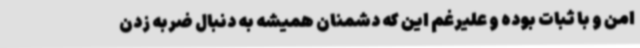
امن و با ثبات بوده و علیرغم این که دشمنان همیشه به دنبال ضربه زدن